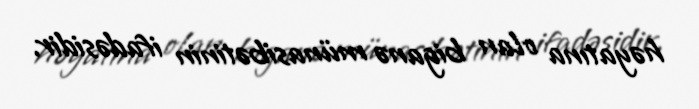
həyatına olan biganə münasibətinin ifadəsidir.